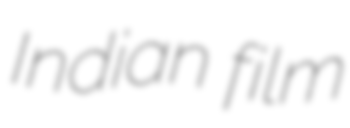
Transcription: Indian film